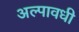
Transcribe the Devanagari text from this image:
अल्पावधी